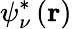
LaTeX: \psi_{\nu}^{*}\left(\mathbf{r}\right)